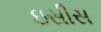
ઇસીસ